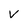
Character: v